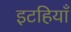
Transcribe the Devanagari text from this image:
इटहियाँ